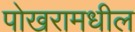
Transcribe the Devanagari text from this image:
पोखरामधील